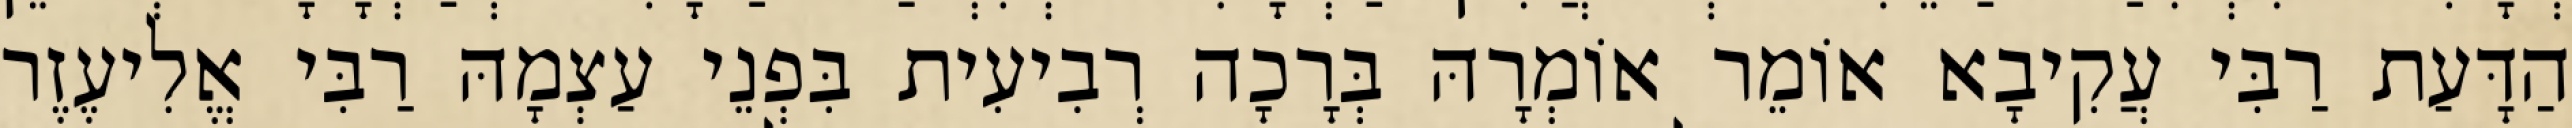
הַדָּעַת רַבִּי עֲקִיבָא אוֹמֵר אוֹמְרָהּ בְּרָכָה רְבִיעִית בִּפְנֵי עַצְמָהּ רַבִּי אֱלִיעֶזֶר